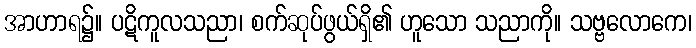
အာဟာရ၌။ ပဋိကူလသညာ၊ စက်ဆုပ်ဖွယ်ရှိ၏ ဟူသော သညာကို။ သဗ္ဗလောကေ၊